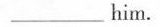
___ him.